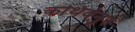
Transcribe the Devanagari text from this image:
कथिवंनुर